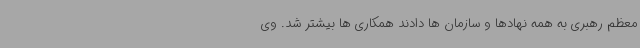
معظم رهبری به همه نهادها و سازمان ها دادند همکاری ها بیشتر شد. وی